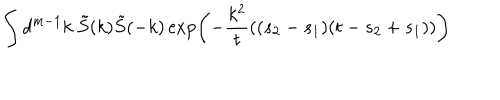
LaTeX: \int d ^ { m - 1 } k \ \tilde { S } ( k ) \tilde { S } ( - k ) \exp \left( - \frac { k ^ { 2 } } { t } ( ( s _ { 2 } - s _ { 1 } ) ( t - s _ { 2 } + s _ { 1 } ) ) \right)